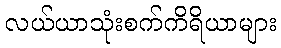
လယ်ယာသုံးစက်ကိရိယာများ